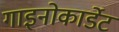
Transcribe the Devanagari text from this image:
गाइनोकार्डेट